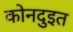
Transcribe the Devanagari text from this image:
कोनदुइत